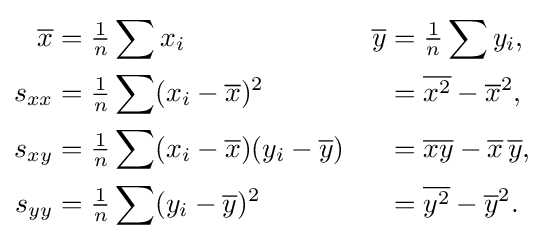
{\begin{aligned}{\overline {x}}&={\tfrac {1}{n}}\sum x_{i}&{\overline {y}}&={\tfrac {1}{n}}\sum y_{i},\\s_{xx}&={\tfrac {1}{n}}\sum (x_{i}-{\overline {x}})^{2}&&={\overline {x^{2}}}-{\overline {x}}^{2},\\s_{xy}&={\tfrac {1}{n}}\sum (x_{i}-{\overline {x}})(y_{i}-{\overline {y}})&&={\overline {xy}}-{\overline {x}}\,{\overline {y}},\\s_{yy}&={\tfrac {1}{n}}\sum (y_{i}-{\overline {y}})^{2}&&={\overline {y^{2}}}-{\overline {y}}^{2}.\end{aligned}}